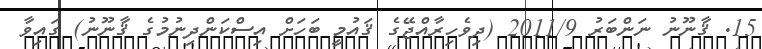
15. ޤާނޫނު ނަންބަރު 2011/9 (ދިވެހިރާއްޖޭގެ ޤައުމީ ބަހަށް އިސްކަންދިނުމުގެ ޤާނޫނު) ގައިވާ